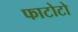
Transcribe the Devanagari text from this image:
फाटोटो